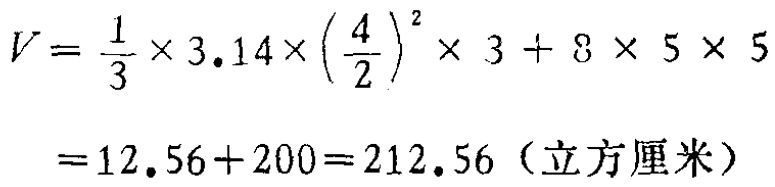
\[

\begin{align*}

V&=\frac{1}{3} \times 3.14\times\left(\frac{4}{2}\right)^{2}\times 3 + 8\times 5\times 5\\

&=12.56 + 200=212.56（\text{立方厘米}）

\end{align*}

\]